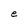
Character: e